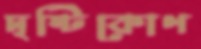
দৃষ্টিকোণ